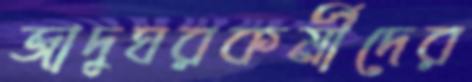
জাদুঘরকর্মীদের